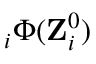
{ \bf \nabla } _ { i } \Phi ( { \bf Z } _ { i } ^ { 0 } )